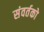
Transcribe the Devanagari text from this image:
संवर्तको